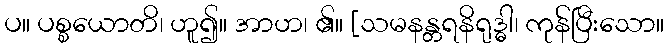
ပ။ ပစ္စယောတိ၊ ဟူ၍။ အာဟ၊ ၏။ [သမနန္တရနိရုဒ္ဓါ၊ ကုန်ပြီးသော။